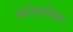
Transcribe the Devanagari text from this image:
कांदेस्तोबर